38_143685_box_Incident_Summaries_101-172
Agency: Department of War
Page 103
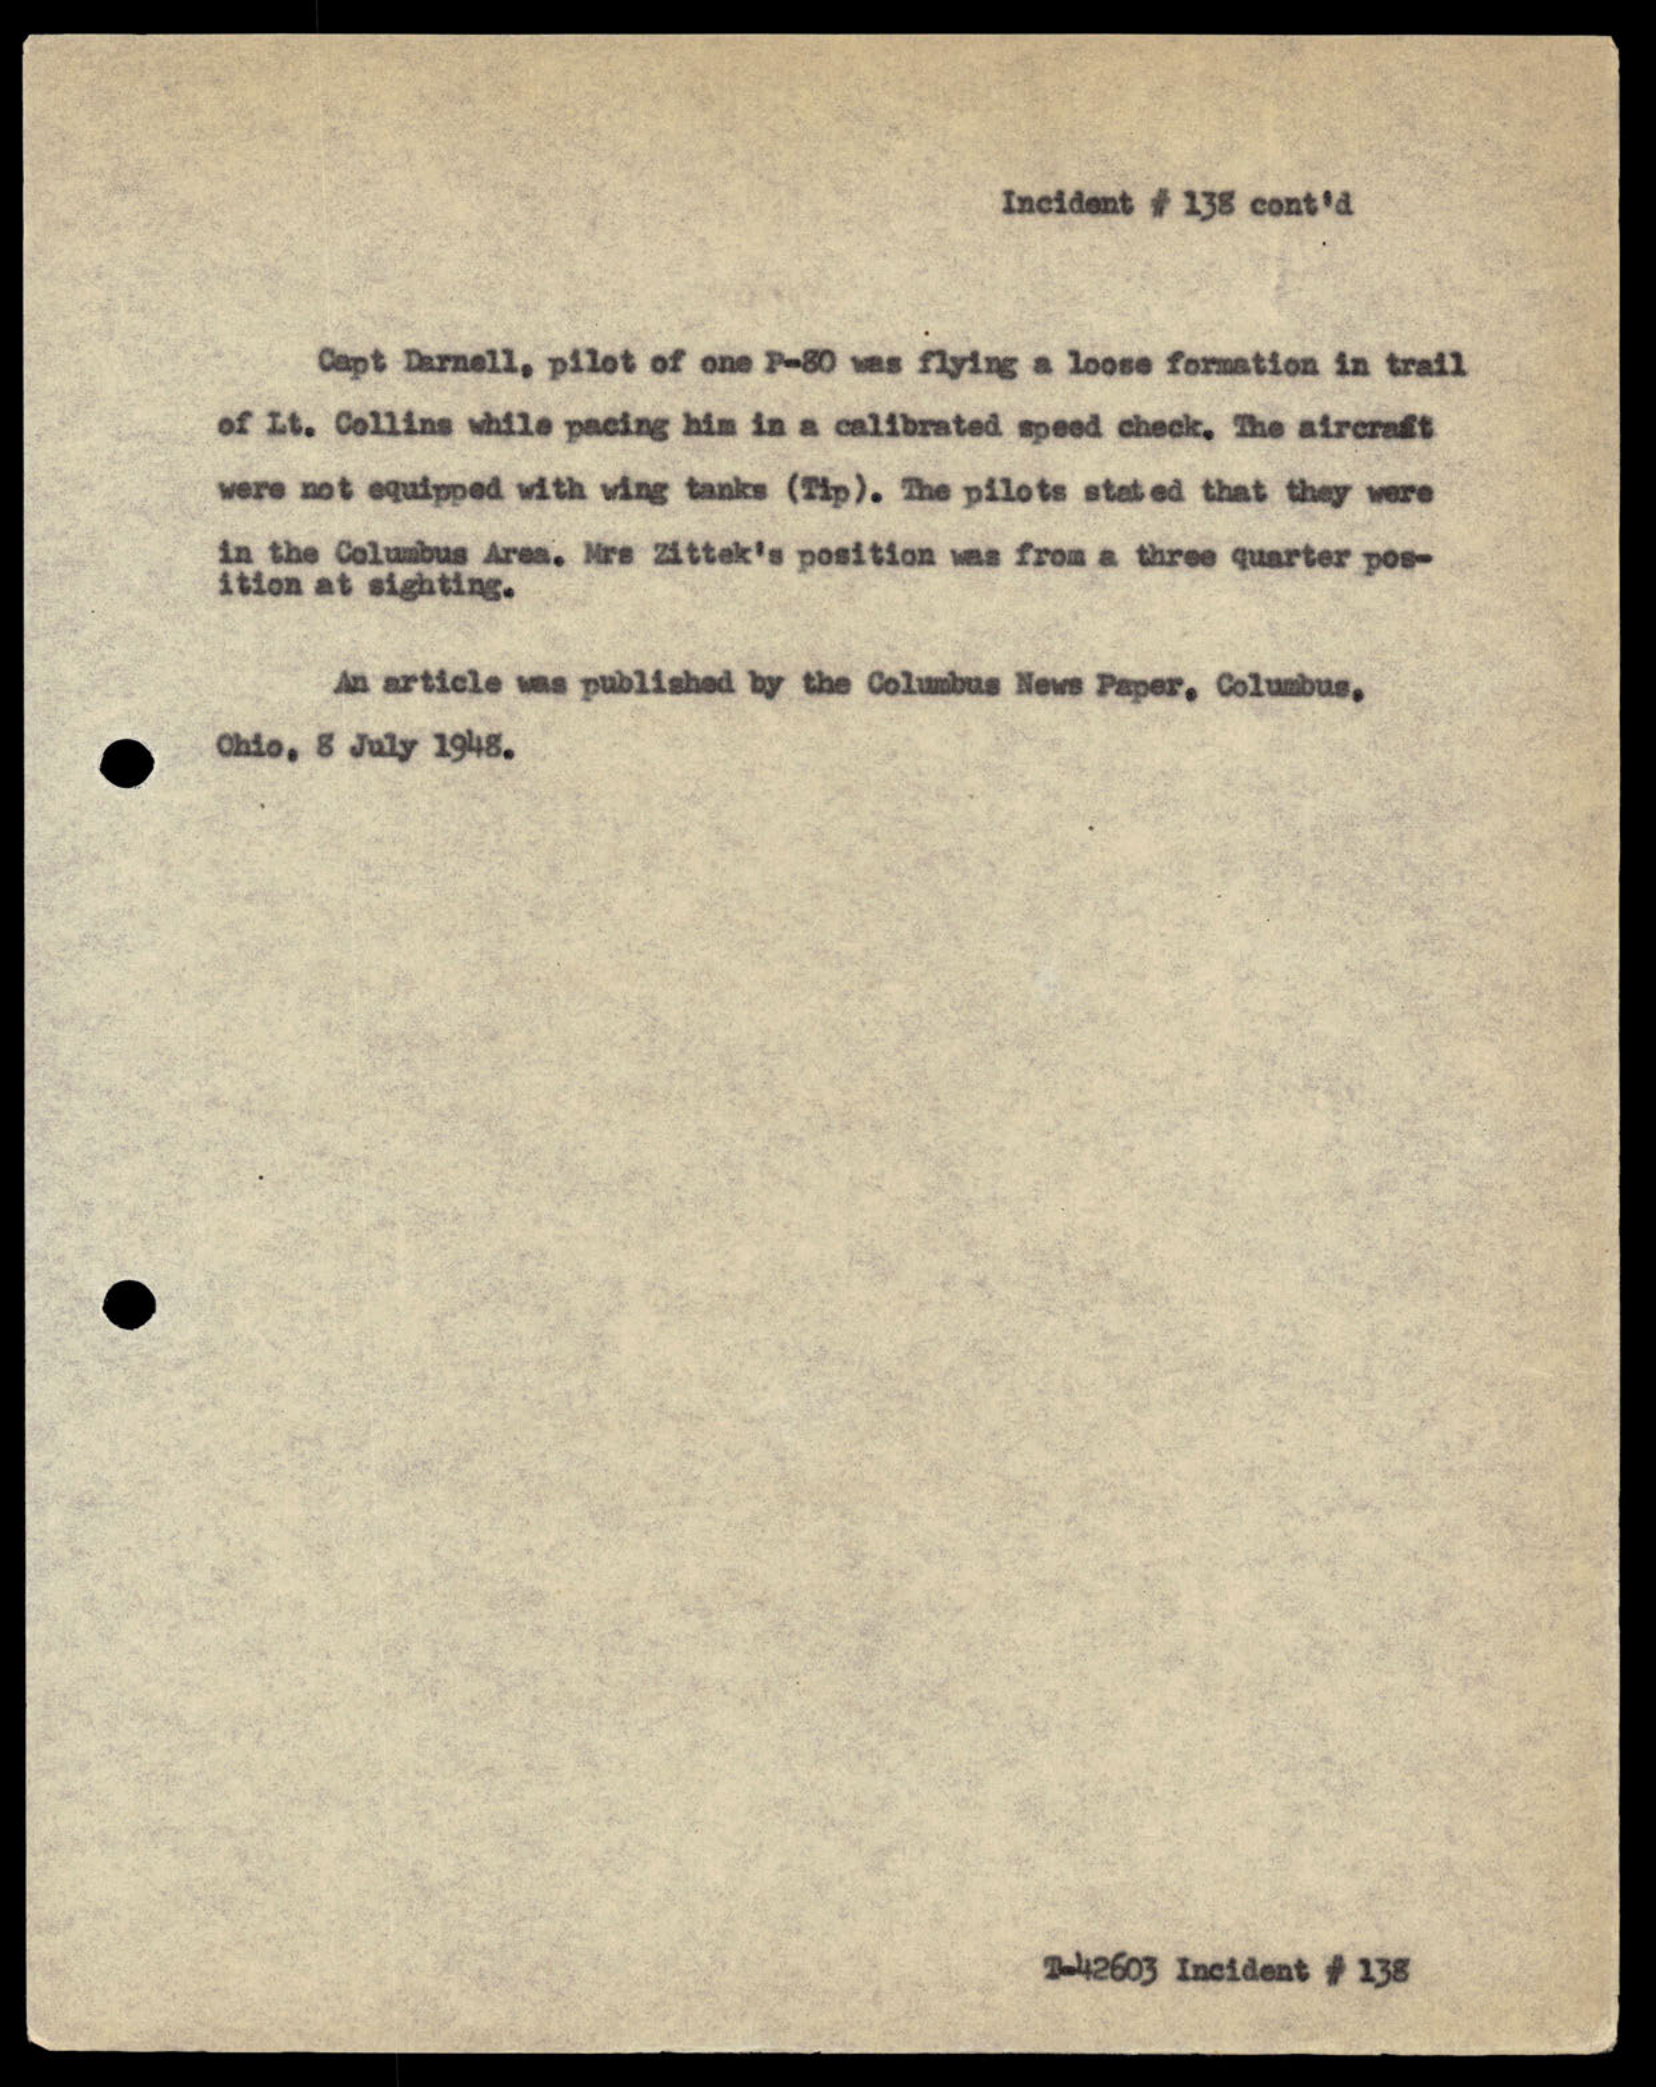